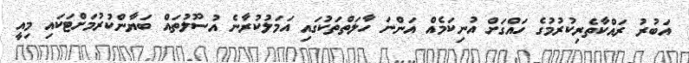
އަބުރު ރައްކާތެރިކުރުމުގެ ހައްގަށް އުނިކަމެއް އަންނަ ހާލަތްތަކުގައި އަމަލުކުރާނެ އުސޫލުތައް ބަޔާންކުރުމަށްޓަކައި މިއީ